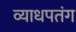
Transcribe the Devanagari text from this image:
व्याधपतंग